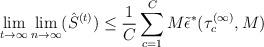
LaTeX: \begin{align*}\lim_{t\to\infty}\lim_{n\to\infty}(\hat S^{(t)})\leq \frac{1}{C}\sum_{c=1}^C M\tilde \epsilon^*(\tau^{(\infty)}_c,M)\end{align*}